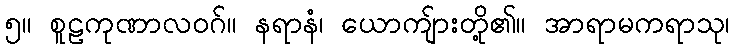
၅။ စူဠကုဏာလဝဂ်။ နရာနံ၊ ယောကျ်ားတို့၏။ အာရာမကရာသု၊